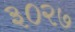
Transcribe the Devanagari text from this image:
३०२७